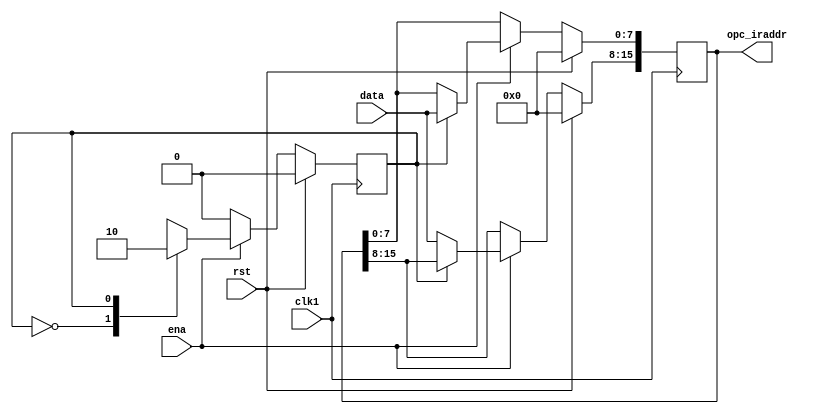
module register(opc_iraddr,data,ena,clk1,rst);
    output[15:0] opc_iraddr;
    input[7:0] data;
    input ena,clk1,rst;
    reg[15:0] opc_iraddr;
    reg state;        //88 state=0state=1
    
    always @(posedge clk1)
       begin
           if(rst)
             begin
                 opc_iraddr<=16'h0000;  //16 3 138k
                 state<=1'b0;         //8 8
             end
           else
             begin
                if(ena)            //load_ir
                  begin             // 8
                      case(state)   //8 8
                          1'b0: begin
                                  opc_iraddr[15:8]<=data;
                                  state<=1'b1;
                                end
                          1'b1: begin
                                   opc_iraddr[7:0]<=data;
                                   state<=1'b0;
                                end
                       default: begin
                                   opc_iraddr<=16'hxxxx;
                                   state<=1'bx;
                                end
                      endcase
                  end
                else
                  state<=1'b0;
               end
           end
endmodule